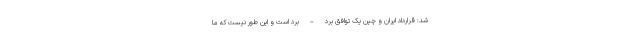
شد: قرارداد ایران و چین یک توافق برد – برد است و این طور نیست که ما